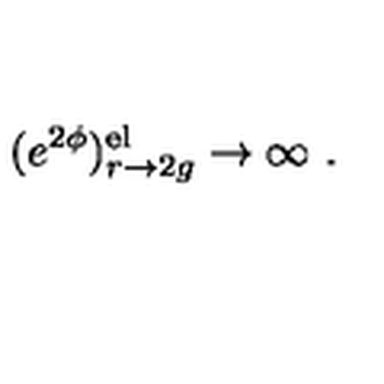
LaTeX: ( e ^ { 2 \phi } ) _ { r \rightarrow 2 g } ^ { \mathrm { e l } } \rightarrow \infty \ .